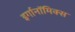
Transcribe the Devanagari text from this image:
इर्गानॉमिक्स